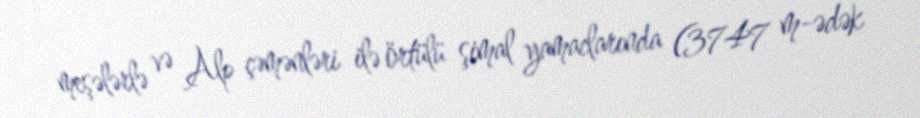
meşələrlə və Alp çəmənləri ilə örtülü şimal yamaclarında (3747 m-ədək